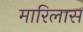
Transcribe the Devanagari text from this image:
मारिलास